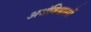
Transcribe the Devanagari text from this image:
अधंविश्वासों